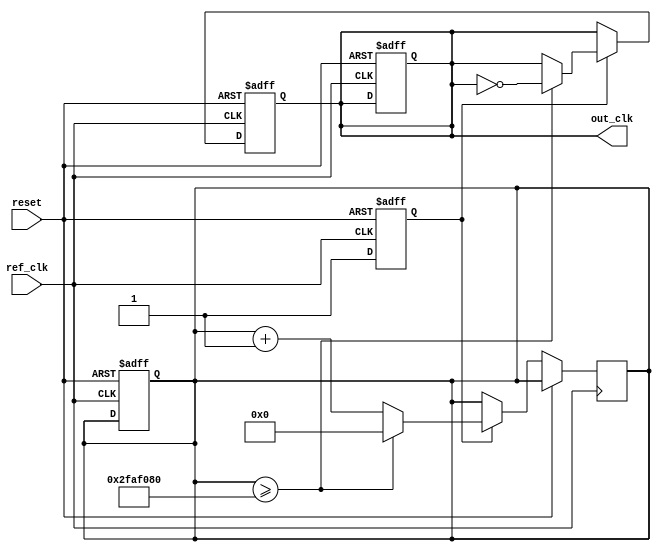
module parameterized_PLL #(
    parameter REF_FREQ = 50_000_000,   // Reference frequency in Hz
    parameter OUT_FREQ = 100_000_000,   // Desired output frequency in Hz
    parameter DIV_RATIO = OUT_FREQ / REF_FREQ, // Feedback division ratio
    parameter Kp = 10,                   // Proportional gain for loop filter
    parameter Ki = 1,                    // Integral gain for loop filter
    parameter VCO_MAX_FREQ = 200_000_000 // Maximum frequency of VCO
)(
    input wire ref_clk,                  // Reference clock input
    input wire reset,                    // Reset signal
    output reg out_clk                   // Output clock signal
);

    // Internal signals
    reg [31:0] phase_error;              // Phase error signal
    reg [31:0] control_voltage;           // Control voltage for VCO
    reg [31:0] vco_freq;                  // VCO frequency variable
    reg [31:0] vco_counter;               // VCO frequency counter
    reg vco_running;                      // VCO running flag
    reg [31:0] feedback_counter;          // Feedback counter for division

    // Phase Detector (Digital PFD)
    always @(posedge ref_clk or posedge reset) begin
        if (reset) begin
            phase_error <= 0;
        end else begin
            // Simple implementation of phase detector logic
            phase_error <= (vco_running ? 1 : 0) - (vco_running ? 0 : 1);
        end
    end

    // Loop Filter (first-order implementation as an example)
    always @(posedge ref_clk or posedge reset) begin
        if (reset) begin
            control_voltage <= 0;
        end else begin
            control_voltage <= control_voltage + (Kp * phase_error) + (Ki * phase_error);
        end
    end

    // Voltage-Controlled Oscillator (VCO)
    always @(posedge ref_clk or posedge reset) begin
        if (reset) begin
            vco_freq <= 0;
            vco_running <= 0;
            out_clk <= 0;
            vco_counter <= 0;
        end else begin
            // Calculate the frequency based on control voltage
            vco_freq <= (control_voltage * VCO_MAX_FREQ) / 256; // Example scaling
            if (vco_freq >= VCO_MAX_FREQ) begin
                vco_freq <= VCO_MAX_FREQ;
            end
            vco_running <= 1;
        end
    end

    // Generate output clock
    always @(posedge ref_clk or posedge reset) begin
        if (reset) begin
            feedback_counter <= 0;
            out_clk <= 0;
        end else begin
            // Output clock based on VCO frequency divided by division ratio
            if (vco_running) begin
                vco_counter <= vco_counter + 1;
                if (vco_counter >= (VCO_MAX_FREQ / (2 * DIV_RATIO))) begin
                    out_clk <= ~out_clk;
                    feedback_counter <= feedback_counter + 1;
                    if (feedback_counter >= DIV_RATIO) begin
                        feedback_counter <= 0;
                    end
                    vco_counter <= 0;
                end
            end
        end
    end

endmodule